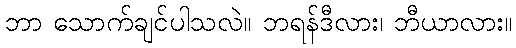
ဘာ သောက်ချင်ပါသလဲ။ ဘရန်ဒီလား၊ ဘီယာလား။